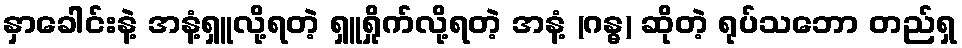
နှာခေါင်းနဲ့ အနံ့ရှူလို့ရတဲ့ ရှူရှိုက်လို့ရတဲ့ အနံ့ (ဂန္ဓ) ဆိုတဲ့ ရုပ်သဘော တည်ရှ